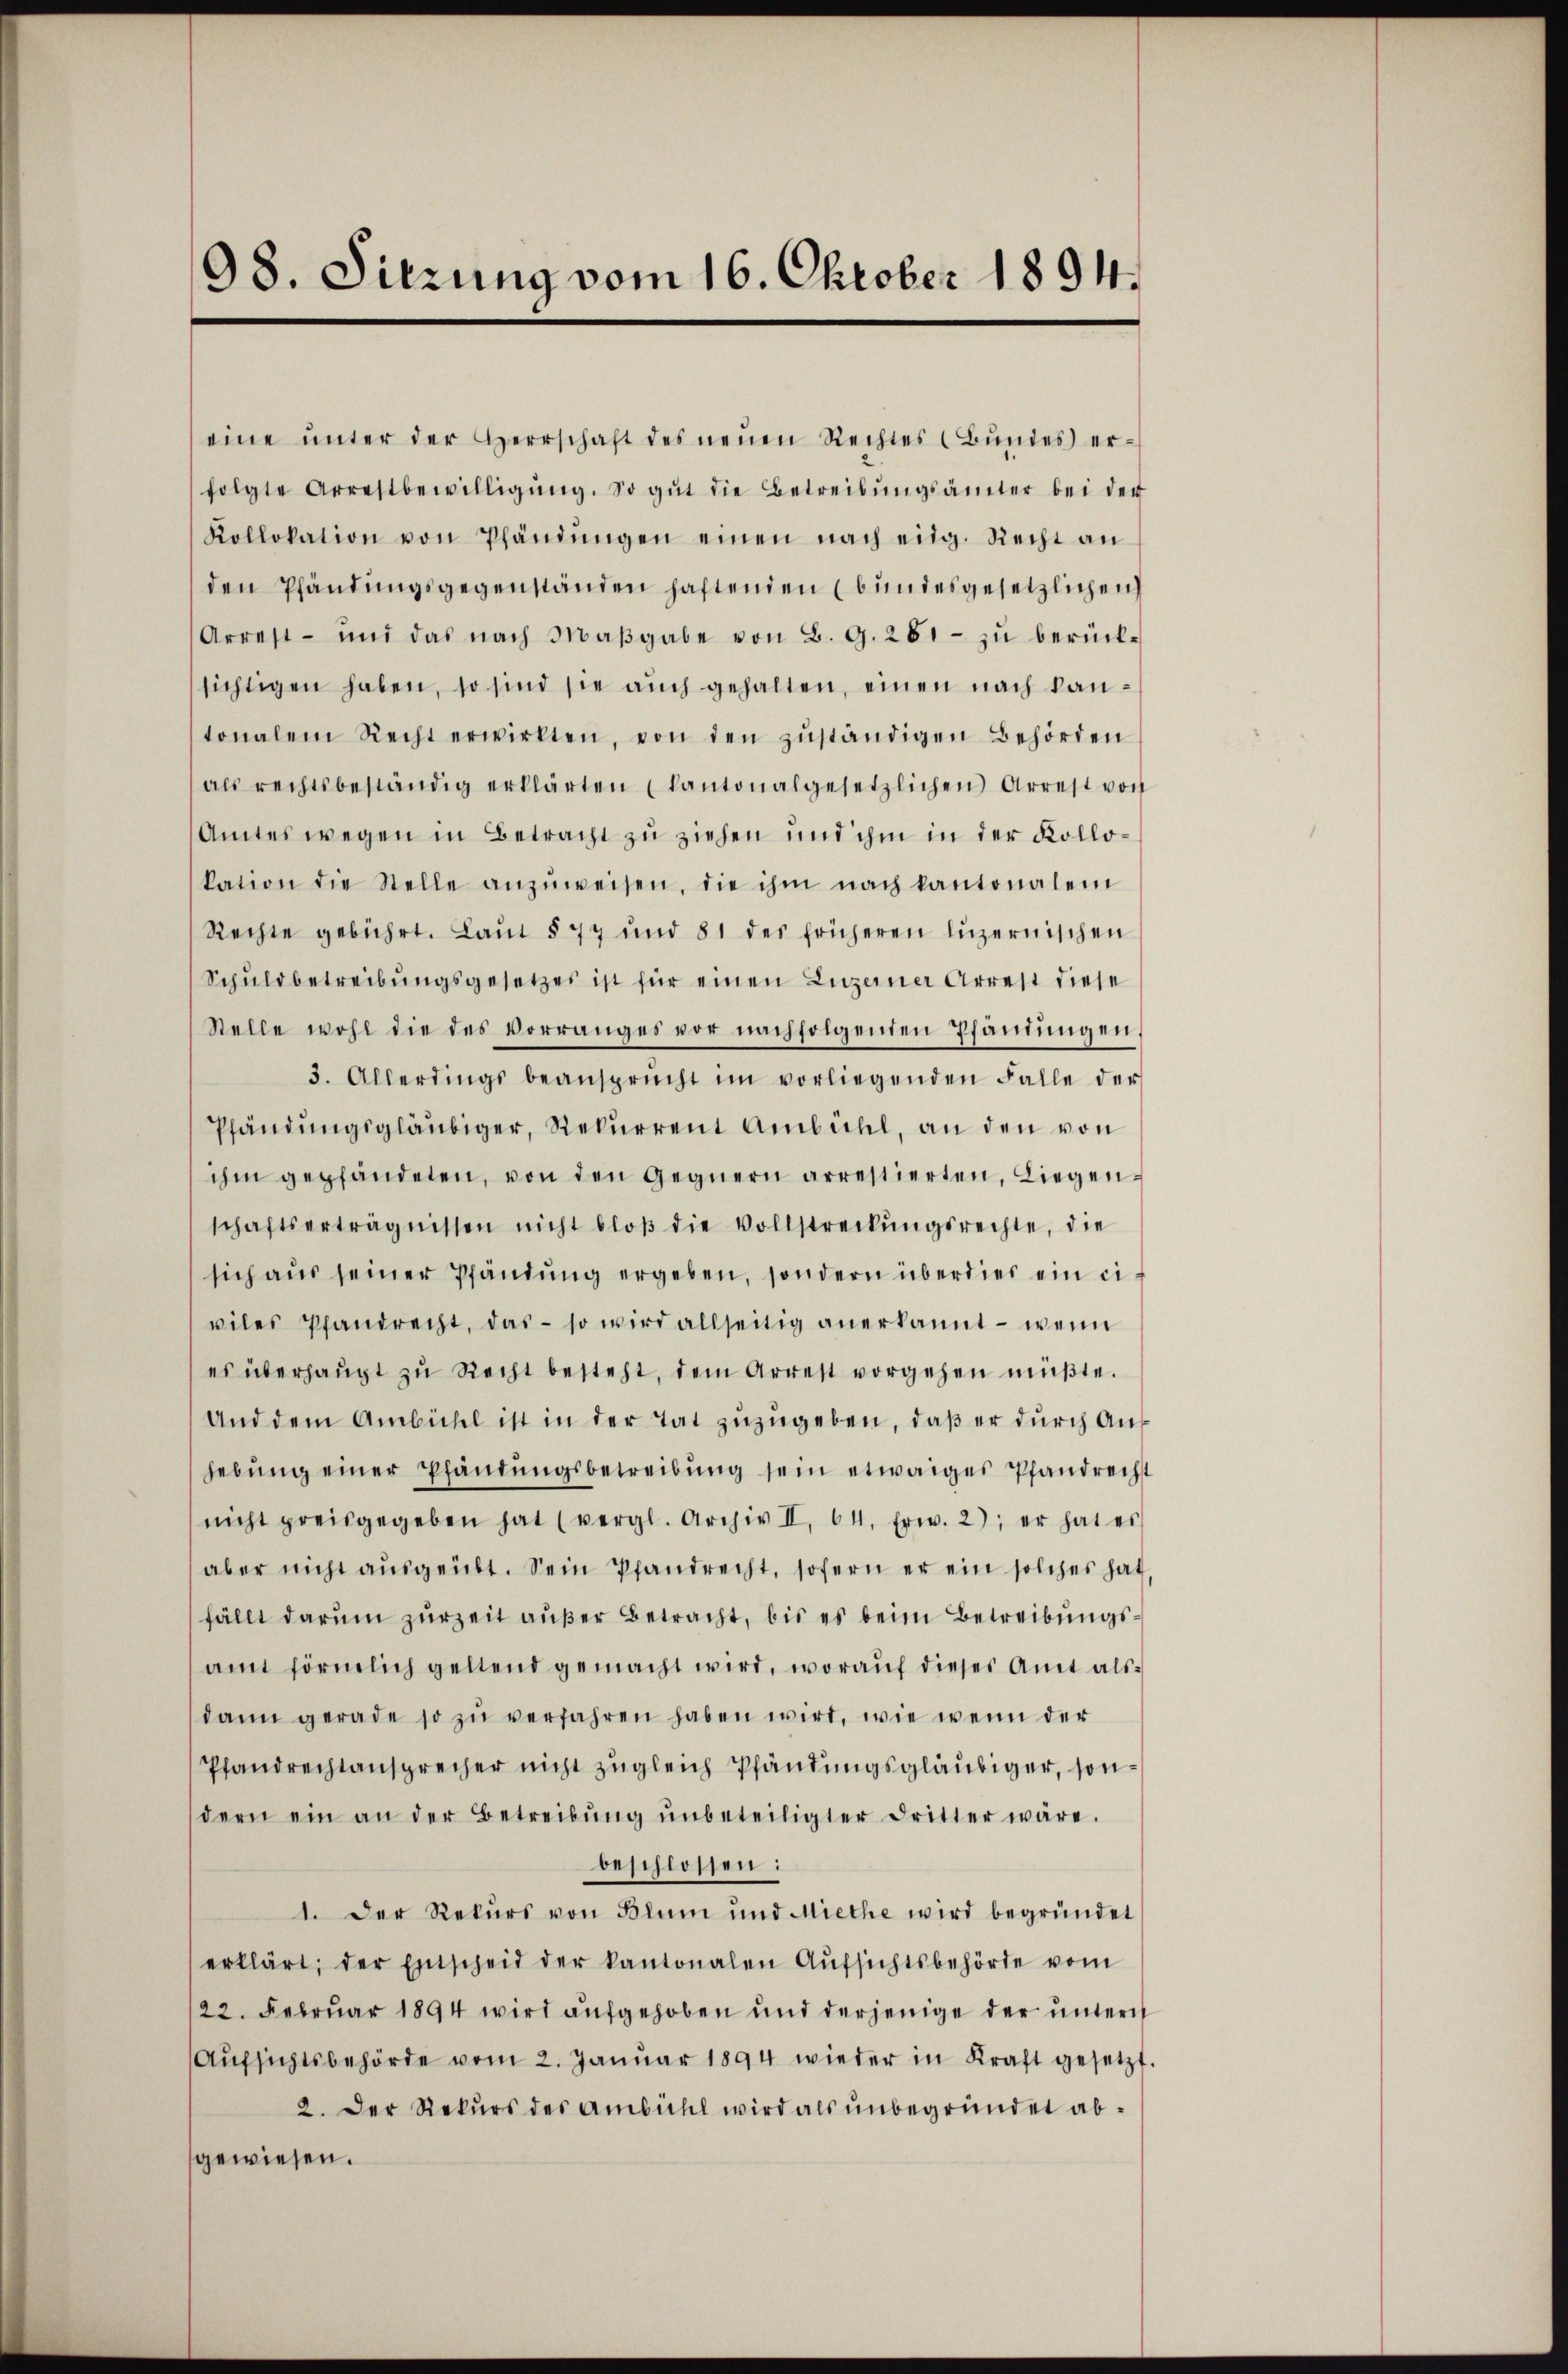
98. Sitzung vom 16. Oktober 1894.

eine ŭnter der Herrschaft des neŭen Rechtes Bŭndes) er-
folgte Arrestbewilligŭng. So gŭt die Betreibŭngsämter bei der
Kollokation von Pfändungen einen nach eidg. Recht an
den Pfändŭngsgegenständen haftenden (bŭndesgesetzlichen
Arrest - und das nach Maβgabe von B. G. 261 - zu berücksichtigen haben, so sind sie aŭch gehalten, einen nach kan-
tonalen Recht erwirkten, von den zŭständigen Behörden
als rechtsbeständig erklärten (kantonalgesetzlichen Arrest von
Amtes wegen in Betracht zu ziehen und ihm in der Kollokation die Stelle anzŭweisen, die ihm nach kantonalem
Rechte gebührt. Laŭt § 77 und 81 des früheren Lŭzernischen
Schuldbetreibŭngsgesetzes ist für einen Luzerner Arrest diese
Stelle wohl die des vorranges vor nachfolgenden Pfandŭngen,
3. Allerdings beansprŭcht im vorliegenden Falle der
Pfändŭngsgläubiger, Rekurrent Ambühl, an den von
ihm gepfändeten, von den Gegnern arrestierten, Liegenschaftserträgnissen nicht bloβ die Vollstreckŭngsrechte, die
sich aus seiner Pfändung ergeben, sondern überdies ein eiviles Pfandrecht, das so wird allseitig anerkannt - wenn
es überhaŭpt zu Recht besteht, dem Arrest vorgehen müβte.
Und dem Anbichl ist in der Tat zuzugeben, daß er durch Anhebŭng einer Pfändŭngsbetreibŭng sein etwaiges Pfandrecht
nicht preisgegeben hat (vergl. Archiv II 64. Erw. 2); er hat es
aber nicht aŭsgeübt. Sein Pfandrecht, sofern er ein solches hat
fällt darum zurzeit außer Betracht, bis es beim Betreibungsamt förmlich geltend gemacht wird, woraŭf dieses Amt als-
dann gerade so zŭ verfahren haben wird, wie wenn der
Pfandrechtansprecher nicht zugleich Pfändungsgläubiger, sondern ein an der Betreibŭng ŭnbeteiligter dritter wäre.
beschlossen:
1. Der Rekŭrs von Blum und Miethe wird begründet
erklärt; der Entscheid der kantonalen Aŭfsichtsbehörde vom
22. Februar 1894 wird aufgehoben und derjenige der untern
Aŭfsichtsbehörde vom 2. Janŭar 1894 wieder in Kraft gesetzt.
2. Der Rekurs der Ambühl wird als unbegründet abgewiesen.